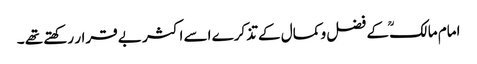
امام مالکؒ کے فضل و کمال کے تذکرے اسے اکثر بے قرار رکھتے تھے ۔